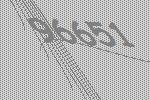
96651